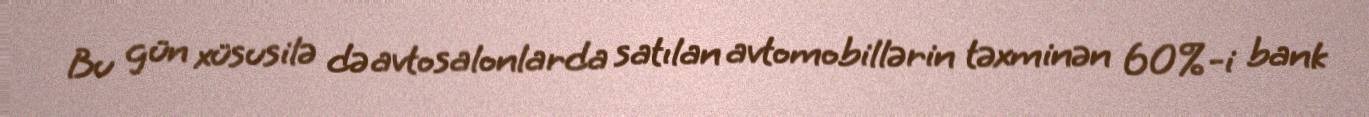
Bu gün xüsusilə də avtosalonlarda satılan avtomobillərin təxminən 60%-i bank